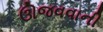
ઊજવવાની